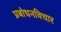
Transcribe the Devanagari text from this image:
प्रबोधनविचार